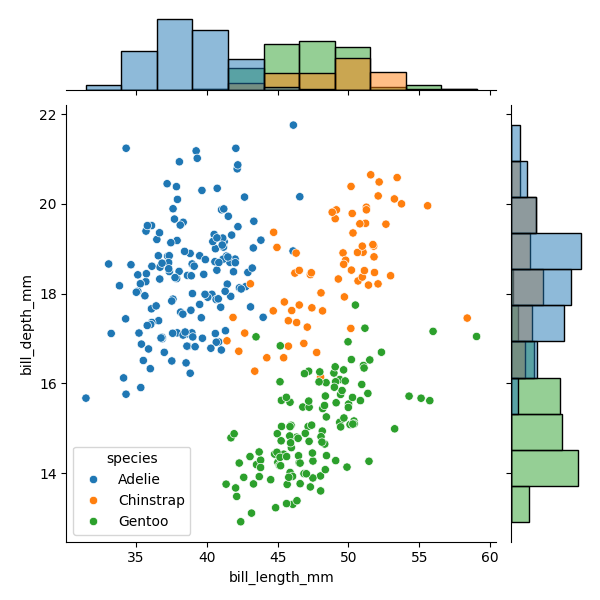
python, seaborn, JointGrid, scatterplot, histplot, hue